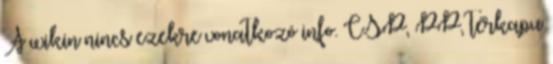
A wikin nincs ezekre vonatkozó info. CSP, PP, térkapu